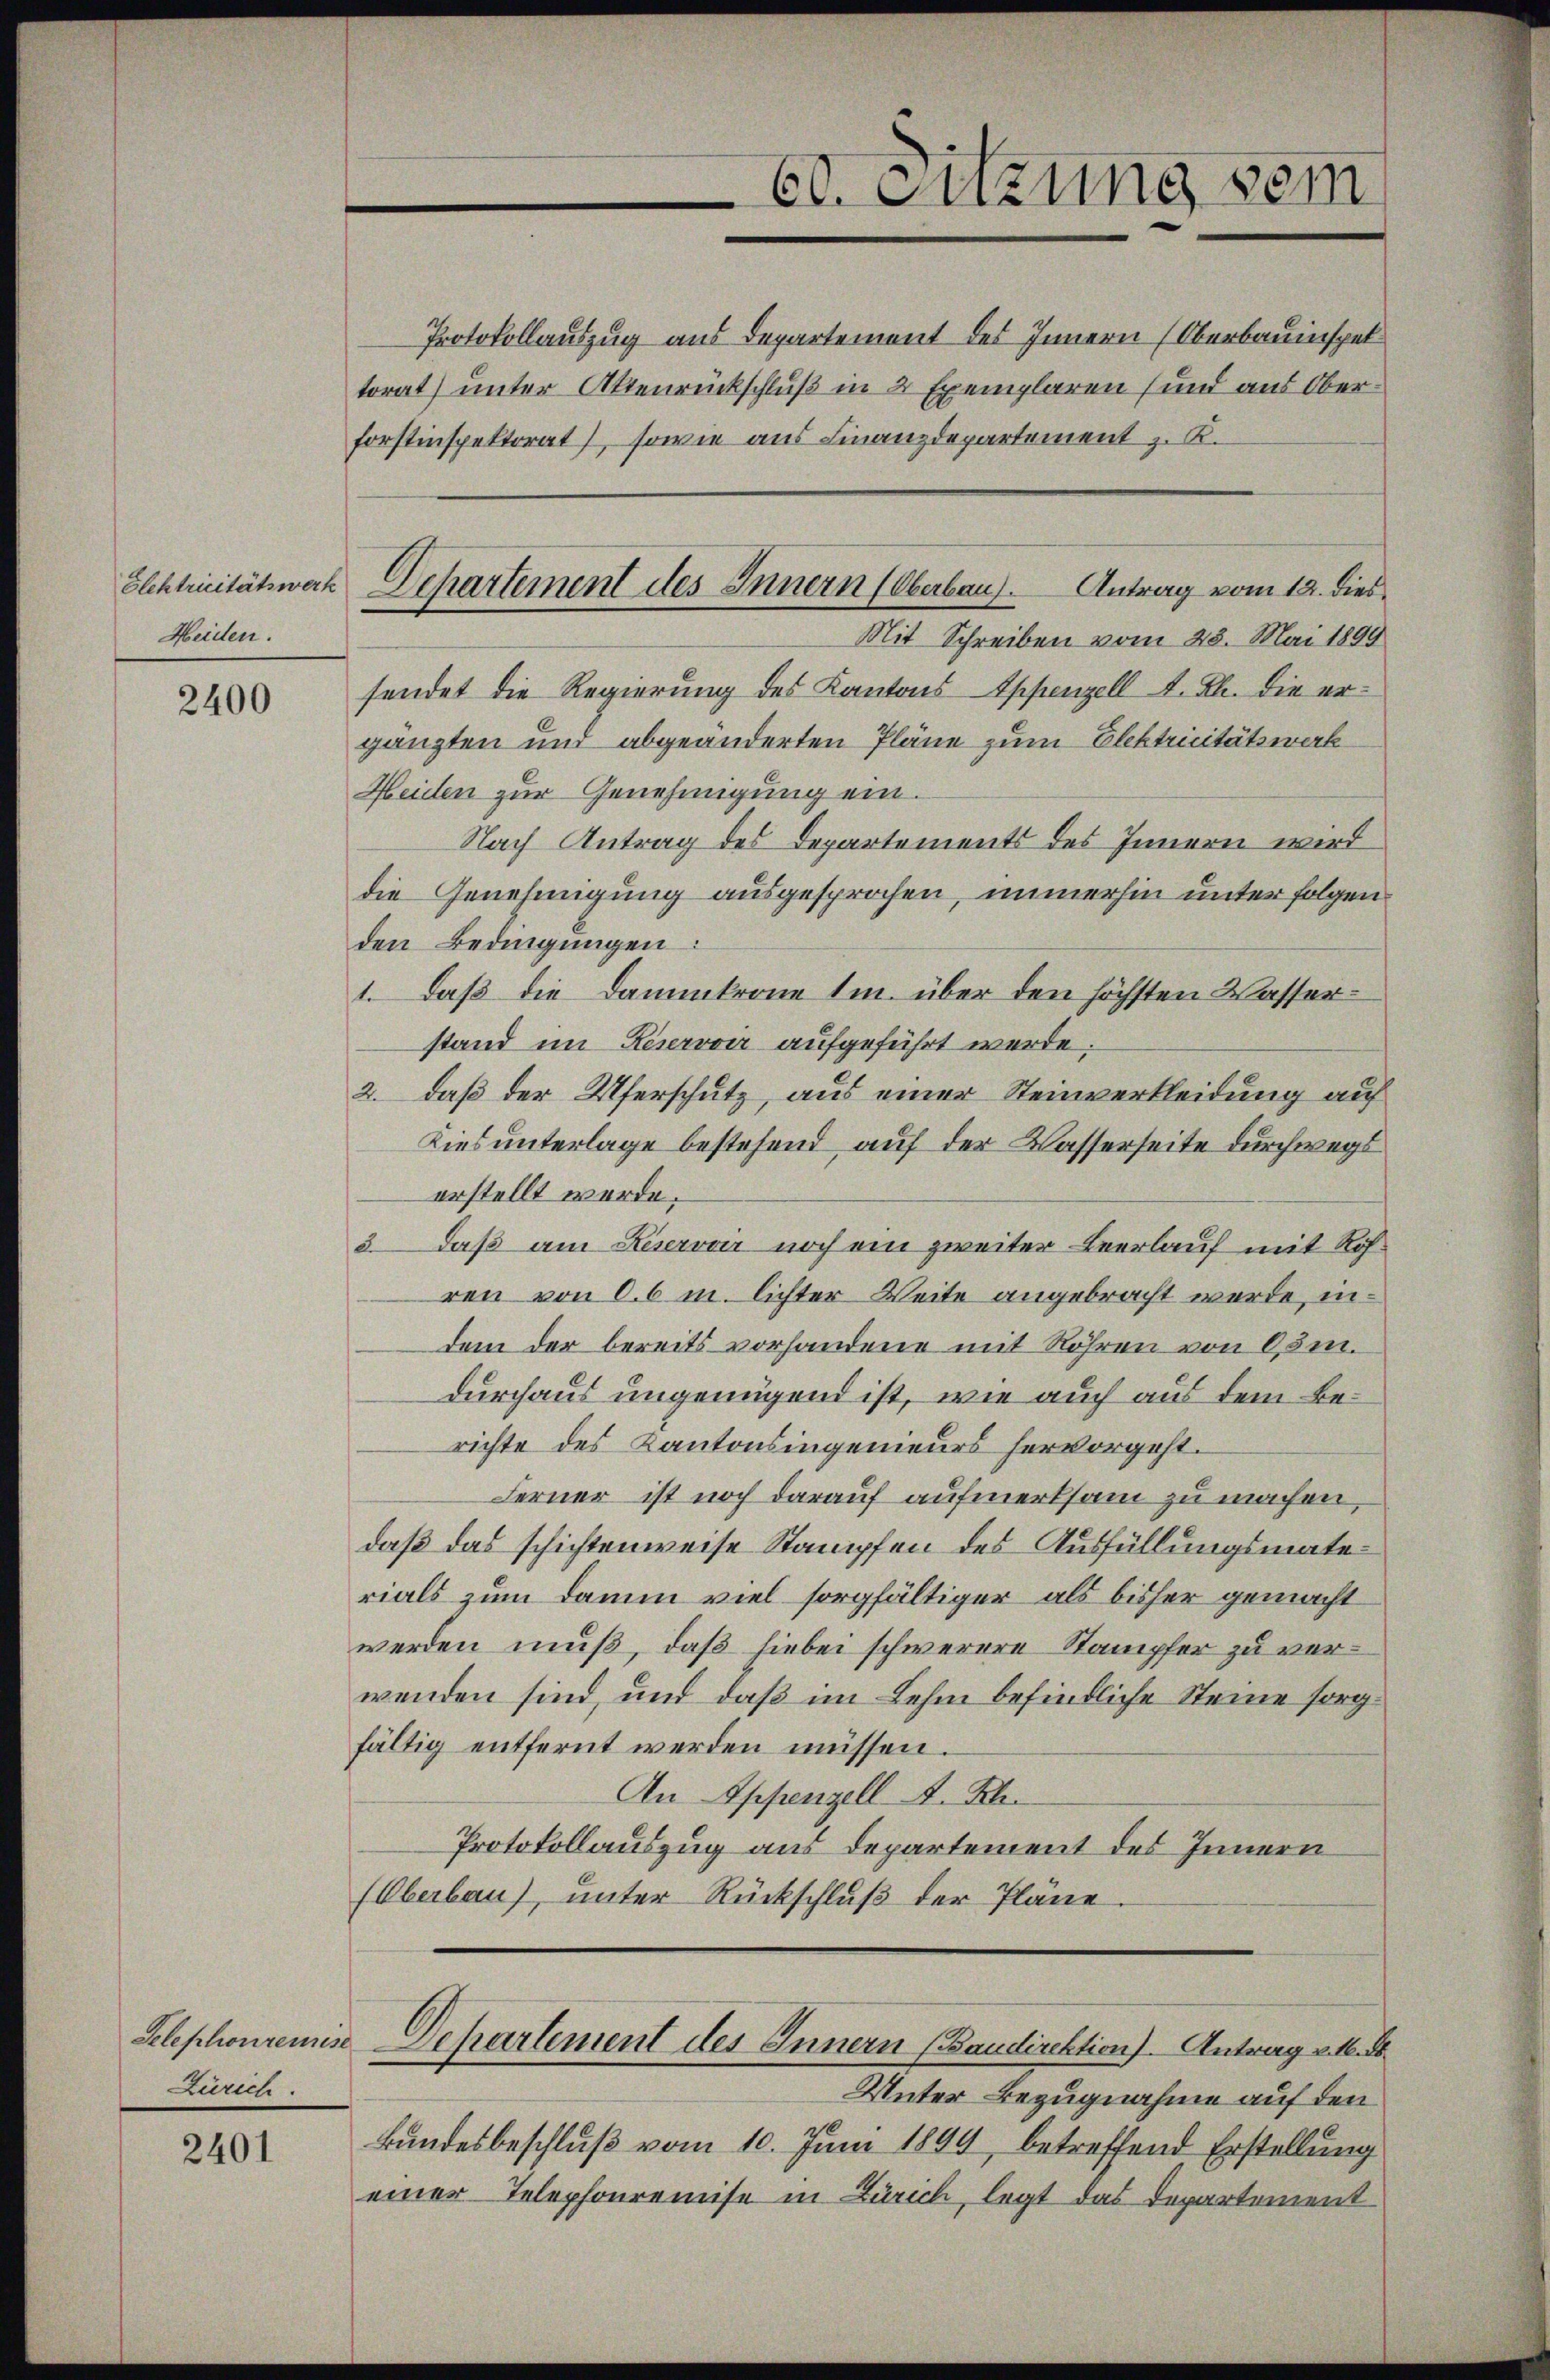
Elektricitätswerk
Heiden.

2400

2401

Zürich.

Ed. Sitzung sein

Departement des Innern (Oberbau. Antrag vom 12. dies
Mit Schreiben vom 28. Mai 1899

forstinspektorat), sowie aus Finanzdepartement z. K.
sendet die Regierung des Kantons Appenzell A. Rh. die ergänzten und abgeänderten Pläne zum Elektricitätswerk
Heiden zur Genehmigung ein.
Nach Antrag des Departements des Innern wird
die Genehmigung ausgesprochen, immerhin unter folgen
den Bedingungen:
1. Daß die Dammkrone Im über den höchsten Wasser-
stand im Keservoir aufgeführt werde;
2. daß der Uferschutz, aus einer Steinverkleidung auf
Lies unterlage bestehend auf der Wasserseite durchwegs
erstellt werde.
3 Daß am Keservoir noch ein zweiter Beerlauf mit Rofren von 0.6 m. lichter Weite angebracht werde, indem der bereits vorhandene mit Röhren von 0,3m.
durchaus ungenügend ist, wie auch aus dem Berichte des Kantonsingenieurs hervorgeht.
Ferner ist noch darauf aufmerksam zu machen,
daß das schichtenweise Stampfen des Ausfüllungsmaterials zum Damm viel sorgfältiger als bisher gemacht
werden muß, daß hiebei schwerere Stampfer zu verwenden sind, und daß im Lehm befindliche Steine sorgfältig entfernt werden müssen.
An Appenzell A. Rh.
Protokollauszug aus Departement des Innern
(Oberbau), unter Rückschluß der Pläne

Protokollauszug aus Departement des Innern (Oberbauinspel
torat) unter Aktenrückschluß in 2 Exemplaren (und aus Ober¬

Selephonreines Departement des Innern (Baudirektion) Antrag v. 16. d.

Unter Bezugnahme auf den
Bundesbeschluß vom 10. Juni 1899, betreffend Erstellung
einer Telephonremise in Zürich, legt das Departement